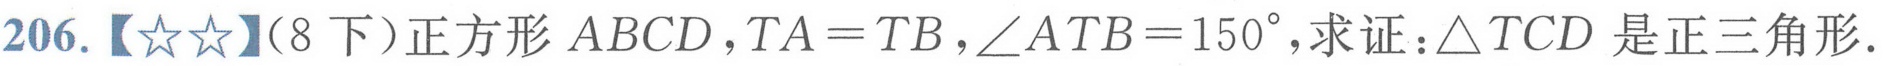
206.【★★】（8 下）正方形 \(ABCD\)，\(TA = TB\)，\(\angle ATB = 150^{\circ}\)，求证：\(\triangle TCD\) 是正三角形.